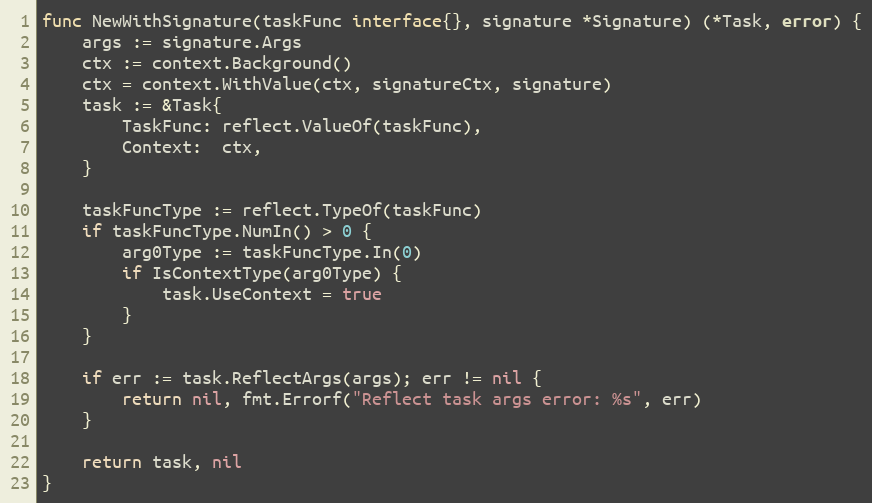
Language: Go
func NewWithSignature(taskFunc interface{}, signature *Signature) (*Task, error) {
	args := signature.Args
	ctx := context.Background()
	ctx = context.WithValue(ctx, signatureCtx, signature)
	task := &Task{
		TaskFunc: reflect.ValueOf(taskFunc),
		Context:  ctx,
	}

	taskFuncType := reflect.TypeOf(taskFunc)
	if taskFuncType.NumIn() > 0 {
		arg0Type := taskFuncType.In(0)
		if IsContextType(arg0Type) {
			task.UseContext = true
		}
	}

	if err := task.ReflectArgs(args); err != nil {
		return nil, fmt.Errorf("Reflect task args error: %s", err)
	}

	return task, nil
}